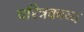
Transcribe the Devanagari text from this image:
चरित्रकाव्य